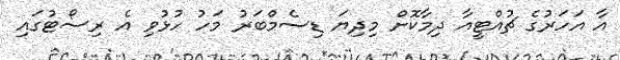
އާ އަހަރުގެ ޗުއްޓީއާ ދިމާކޮށް މިދިޔަ ޑިސެމްބަރު މަހު ހުޅުވި އެ ރިސޯޓުގައި